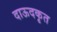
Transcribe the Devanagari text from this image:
दाऊदकृत